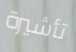
تأشيرة